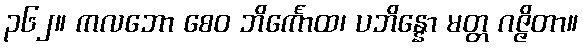
၃၆၂။ ကလဘော စေဝ ဘိင်္ကောထ၊ ပဘိန္နော မတ္တ ဂဇ္ဇိတာ။